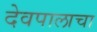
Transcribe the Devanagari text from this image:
देवपालाचा